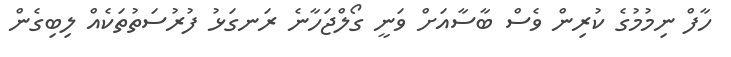
ހާފް ނިމުމުގެ ކުރިން ވެސް ބާސާއަށް ވަނީ ގޯލްޖަހާނެ ރަނގަޅު ފުރުސަތުތަކެއް ލިބިގެން